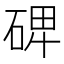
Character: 𥓓